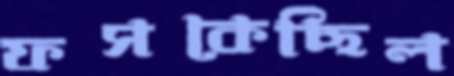
ফসকেছিল